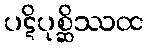
ပဋိပုစ္ဆိဿထ